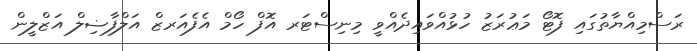
ރަސްމިއްޔާތުގައި ފޮޓޯ މަޢުރަޒު ހުޅުއްވައިދެއްވީ މިނިސްޓަރ އޮފް ހޯމް އެފެއަރޒް އަލްފާޟިލް އަޒްލީން